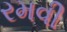
રમવી